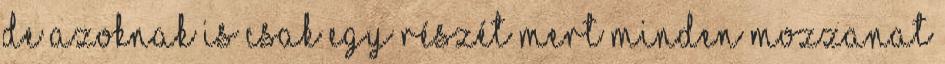
De azoknak is csak egy részét Mert minden mozzanat